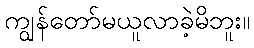
ကျွန်တော်မယူလာခဲ့မိဘူး။